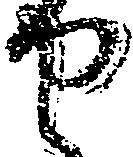
せ